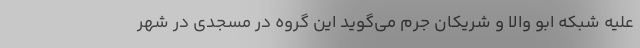
علیه شبکه ابو والا و شریکان جرم می‌گوید این گروه در مسجدی در شهر